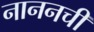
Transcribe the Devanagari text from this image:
नाननची